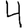
Digit: 4